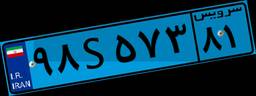
۹۲S۹۹۲۱۷